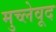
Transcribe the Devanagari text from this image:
मुच्लेवूद